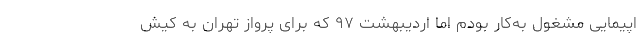
اپیمایی مشغول به‌کار بودم اما اردیبهشت ۹۷ که برای پرواز تهران به کیش